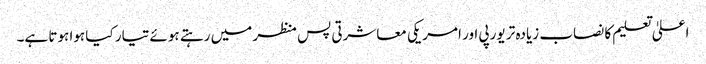
اعلیٰ تعلیم کا نصاب زیادہ تر یورپی اور امریکی معاشرتی پس منظر میں رہتے ہوئے تیار کیا ہوا ہوتا ہے۔